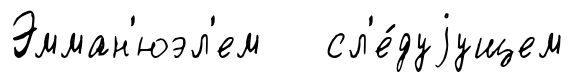
Эмман'юэл'ем сл'е́дуjущем